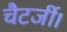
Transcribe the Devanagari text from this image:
चैटर्जी।